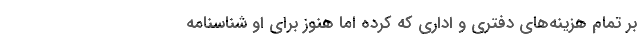
بر تمام هزينه‌هاي دفتري و اداري كه كرده اما هنوز براي او شناسنامه